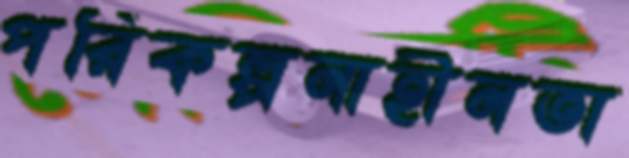
পরিকল্পনাহীনতা